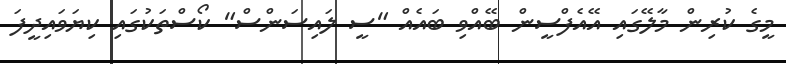
މީގެ ކުރިން މާލޭގައި އޭއެފްސީން ބޭއްވި ބައެއް "ސީ ލައިސަންސް" ކޯސްތަކުގައި ކިޔަވައިދީފަ